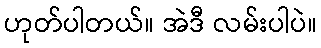
ဟုတ်ပါတယ်။ အဲဒီ လမ်းပါပဲ။